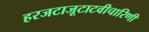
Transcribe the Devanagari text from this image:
हरजटाजूटाटवीचारिणी